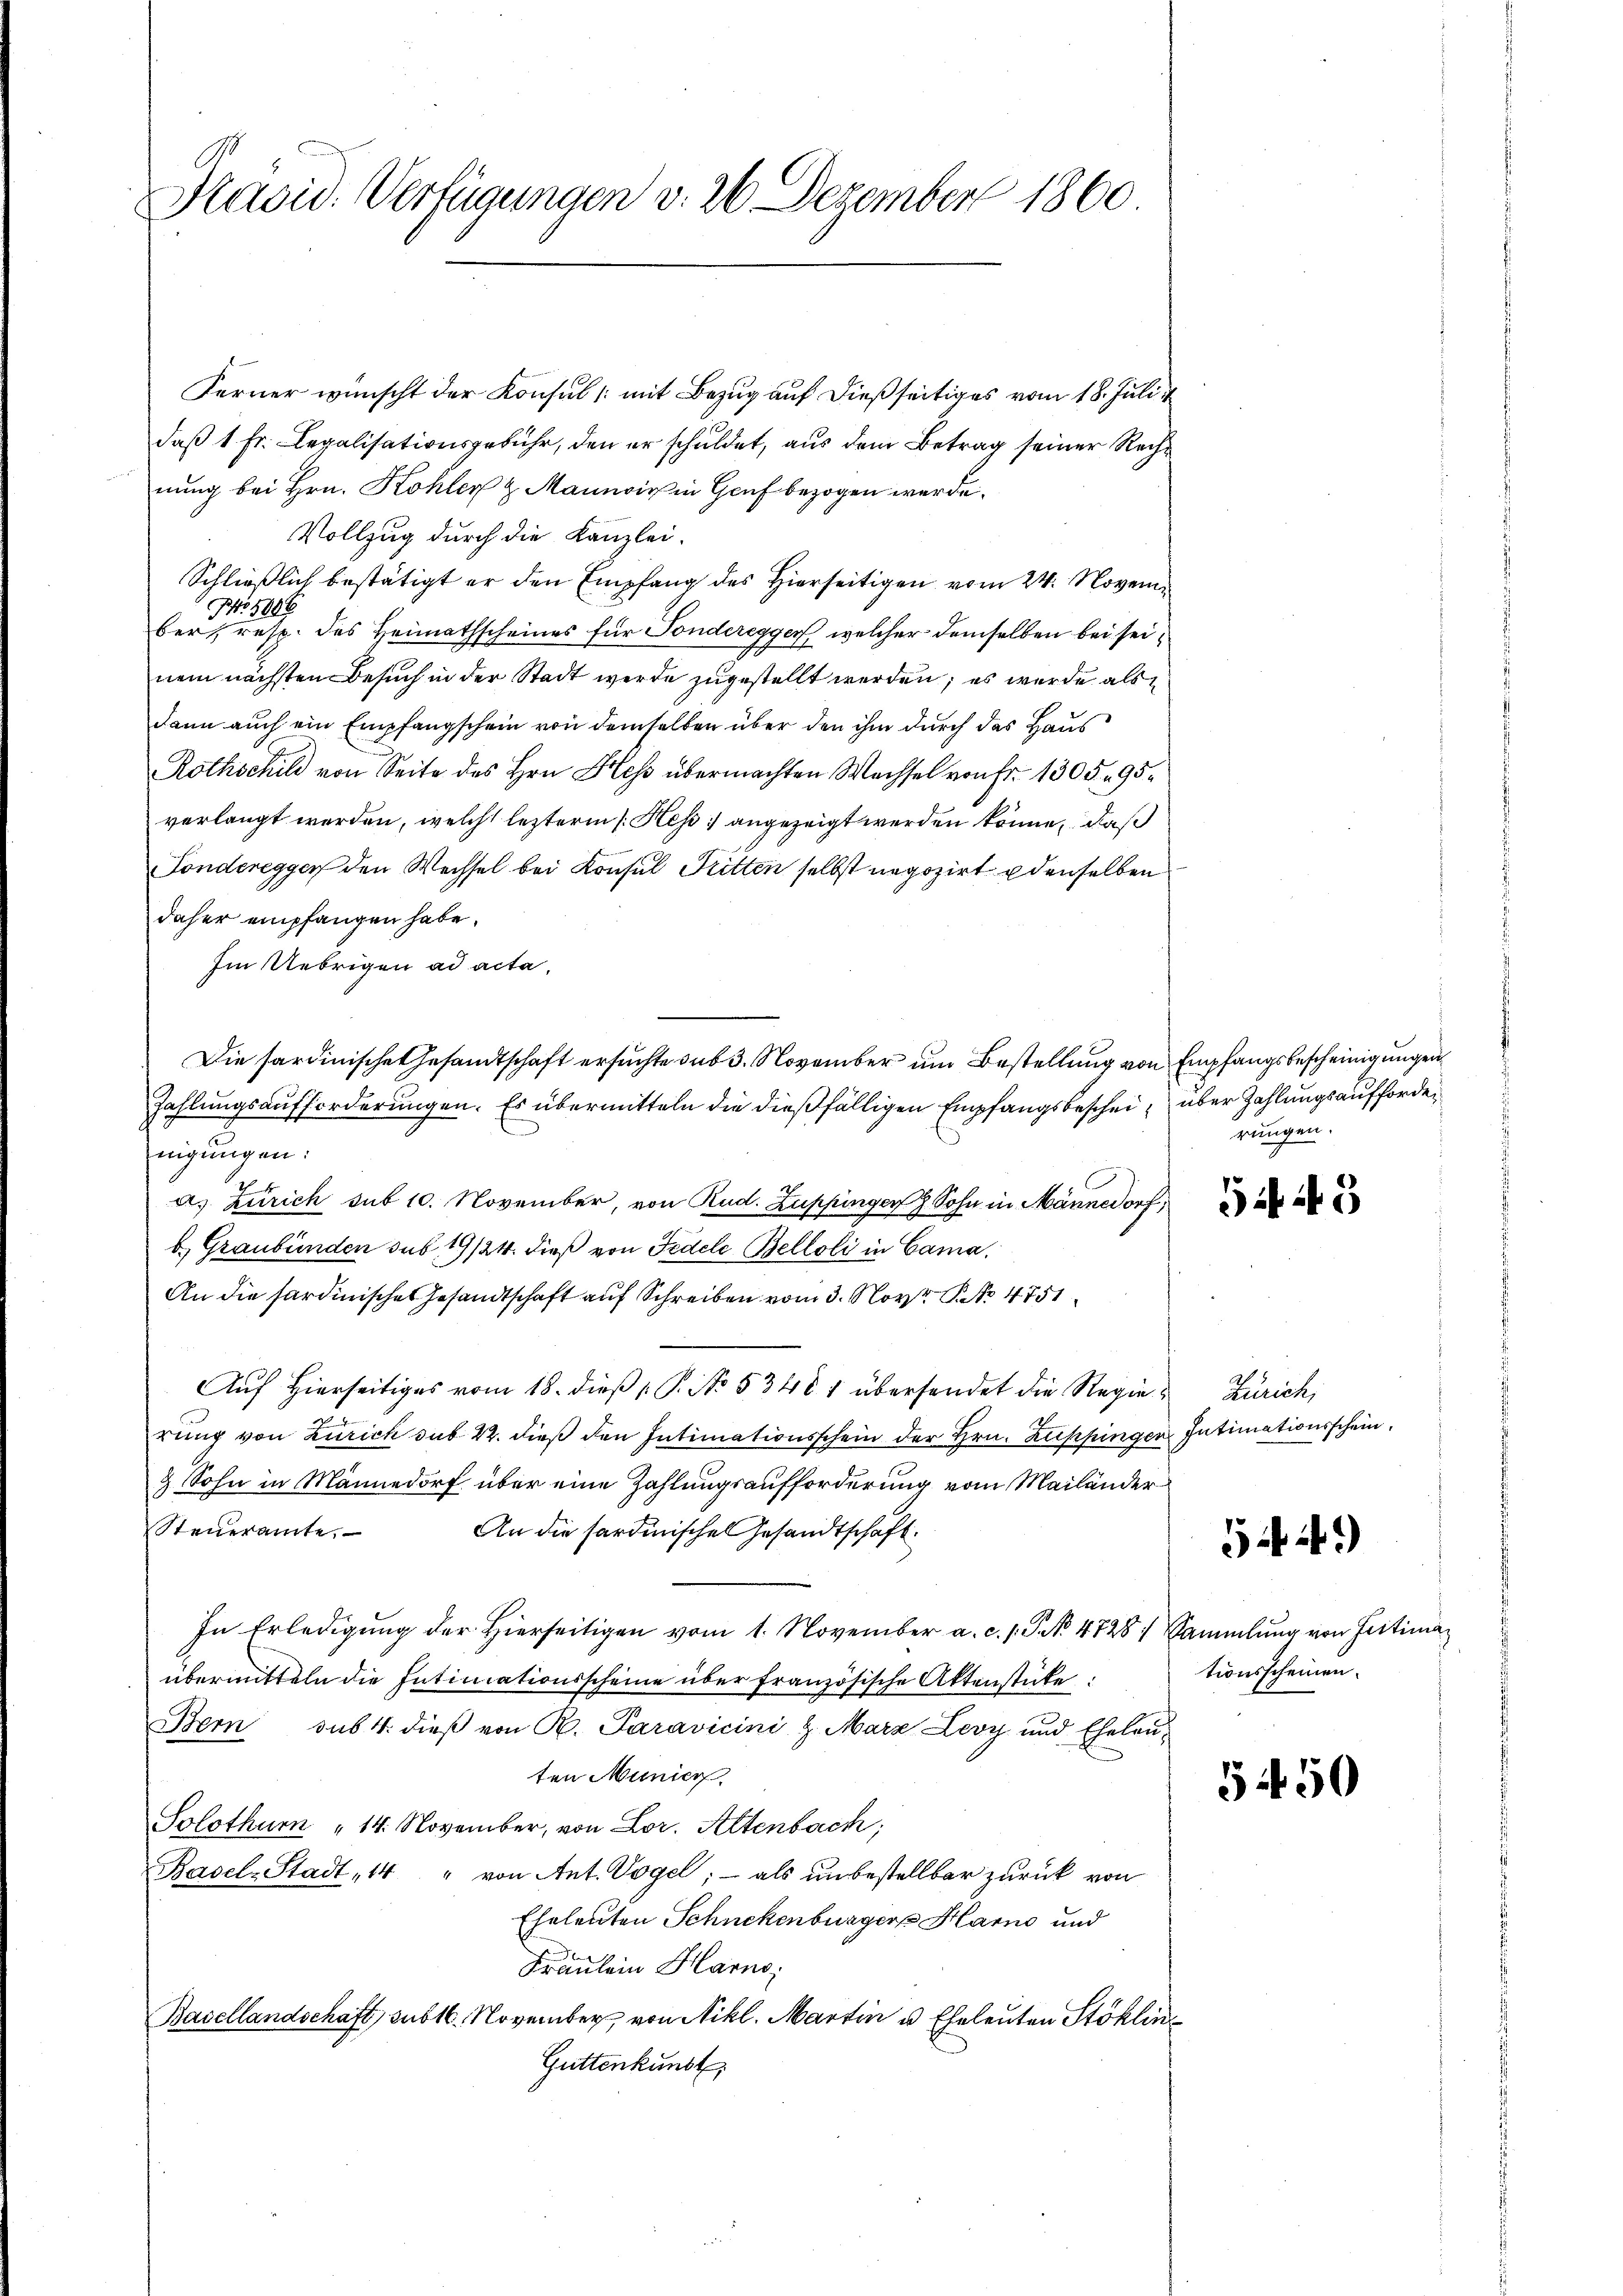
A
Kavid. Verfügungen v. 26 Dezember 1860

Ferner wünscht der Konsul /: mit Bezug auf dießseitiges vom 18. Juli
daß 1 Fr. Legalisationsgebühr, den er schuldet, aus dem Betrag seiner Rechnung bei Hrn. Kohler & Mannis in Genf bezogen werde.
Vollzug durch die Kanzlei-
Schließlich bestätigt er den Empfang des Hierseitigen vom 24. Novem
No 5006
ber
resp. des Heimathscheines für Fonderegger, welcher demselben bei seinem nächsten Besuch in der Stadt werde zugestellt werden; es wurde als
dann auch ein Empfangschein von demselben über den ihm durch das Haus
Rothschild von Seite des Hrn. Hess übermachten Wachsel von Fr. 1305. 95.
verlangt werden, welche lezterm 1. Hess angezeigt werden könne, daß
Fonderegger den Wechsel bei Konsul Sitten selbst negozirt denselben
daher empfangen habe.
Im Uebrigen ad acta.
Die sardinische Gesandtschaft ersuchte sub 3. November um Bestellung von Empfangsbescheinigungen
Zahlungsaufforderungen. Es übermitteln die dießfälligen Empfangsbeschein über Zahlungsauffordenigungen:
as Zürich sub 10. November, von Rud. Zuppinger z Sohn in Männedorf,
b. Graubünden sub 19/24. dieß von Fedele Belloli in Cama,
An die fardinisches Gesandtschaft auf Schreiben vom 3. Nov. 8. No. 4751
Auf Hierseitiges vom 18. dieß P. No. 53481 übersendet die Regierung von Zürich sub 22. dieß den Intimationsschein der Hrn. Zuppingen Intimationsschein
3 Sohn in Männedorf über eine Zahlungsaufforderung vom Mailänder
Steueramte.
An die sardinische Gesandtschaft.
In Erledigŭng der hierseitigen vom 1. November a. c. s. S. 4728) Sammlung von Fritima
übermitteln die Intimationsscheine über französische Aktenstücke:
Bern sub 4. dieβ von R. Paravicini Z. März Levy und Eheleŭ-
ten Munici
Solothurn " 14. November, von Lor. Altenbach;
Basel-Stadt, 14 " von Ant. Vogel; - als unbestellbar zurück von
Eheleuten Schnekenburger Harno und
Fräulein Harno,
Basellandschaft sub 16. November von Nikl. Martin u. Eheleuten Stoklin
Güttenkunst

rungen.

5 3

Zürich,

549)

tionsscheinen.

54. 50